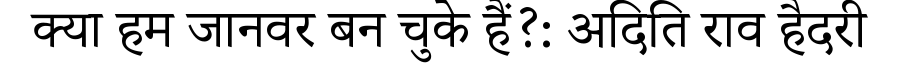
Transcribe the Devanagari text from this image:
क्या हम जानवर बन चुके हैं?: अदिति राव हैदरी